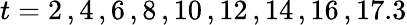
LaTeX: t=2\, ,4\, ,6\, ,8\, ,10\, ,12\, ,14\, ,16\, ,17.3